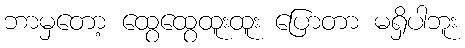
ဘာမှတော့ ထွေထွေထူးထူး ပြောတာ မရှိပါဘူး